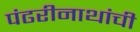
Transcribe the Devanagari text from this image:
पंढरीनाथांची